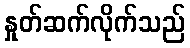
နှုတ်ဆက်လိုက်သည်